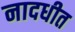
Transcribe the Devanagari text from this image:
नादधीत